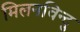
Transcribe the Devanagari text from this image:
मिलनविन्दु